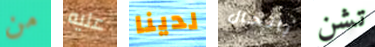
من عليه لدينا بالحال تشن